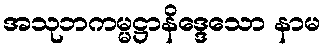
အသုဘကမ္မဋ္ဌာနိဒ္ဒေသော နာမ